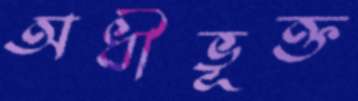
অধীভূক্ত